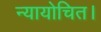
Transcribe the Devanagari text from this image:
न्यायोचित।